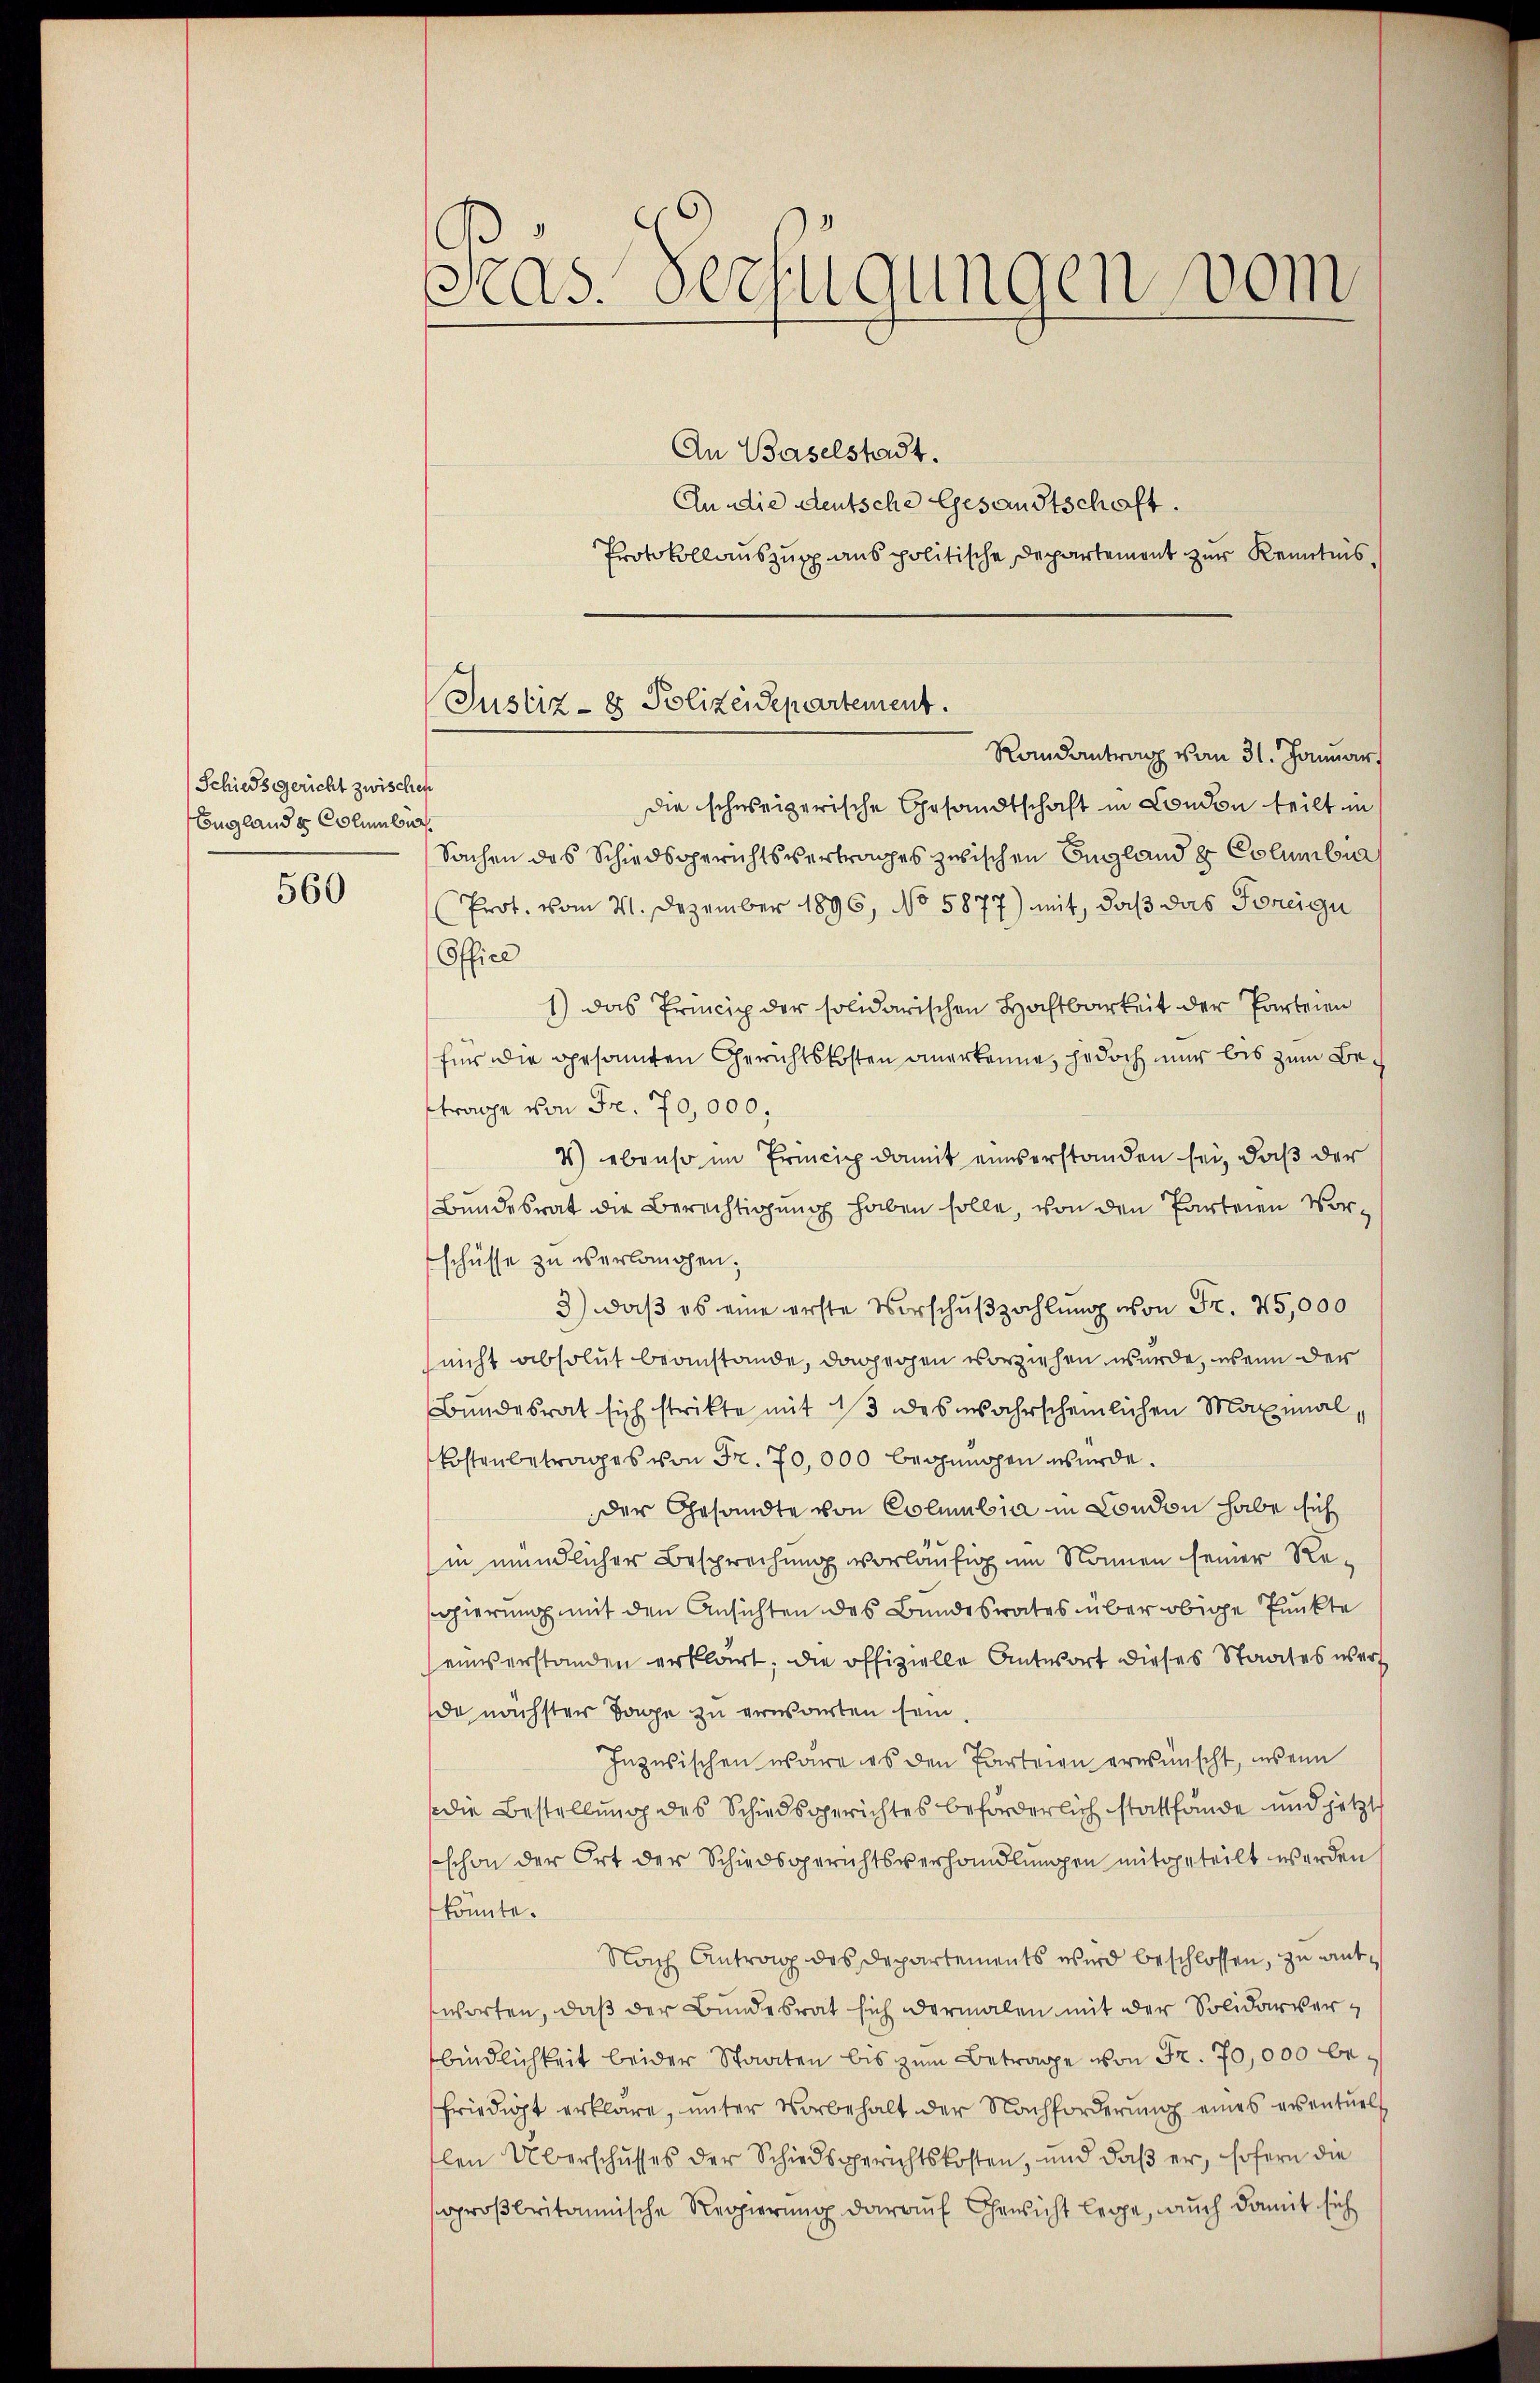
Schiedsgericht zwischen
Englandes Columbi

560

Seas. Verfügungen vom

Justiz- & Polizeidepartement.
Randantrag vom 31. Januar

An Baselstadt.
An die deutsche Gesandtschaft.
Protokollauszug aus politische Departement zur Kenntnisdie schweizerische Gesandtschaft in London teilt in
Sachen das Schiedsgerichtsvertrages zwischen Begland u Columbia
Prot. vom 21. Dezember 1896, No 5877) mit, daß das Foreigu
Office
1) das Princip der solidarischen Hochtbarkeit der Parteien
fins die gesamten Gerichtskosten anerkenne, jedoch nur bis zum Beftrage von Fr. 70,000,
2) ebenso im Princip damit einverstanden sei, daß der
Bundesrat die Berechtigung haben solle, von den Parteien Vorschüsse zu überlangen.
3) daß es eine erste Vorschußzahlung von Fr. 45,000
nicht absolut beanstande, dagegen vorziehen wurde, wenn der
Bundesrat sich strikte mit 13 des wahrscheinlichen Maximal,
Kostenbetrages von Fr. 70,000 begnügen wurde.
der Gesandte von Colmubia in London habe sich
in mündlicher Besprechung vorläufig um Nonnen seiner Regierung mit den Ansichten des Bundesrates über obige Punkte
einverstanden erklärt; die offizielle Antwort dieses Staates werde nächster Tage zu ernswerten sein
Inzwischen wäre es den Parteien erwünscht, ins ein
die Bestellung des Schiedsgerichtes beförderlich stattfände und jetzt
schon der Ort der Schiedsgerichtsverhandlungen mitgeteilt werden
könnte.
Nach Antrag des Departements wird beschlossen, zu antsworten, daß der Bundesrat sich dermalen mit der Solidarverbindlichkeit beider Staaten bis zum Betrage von Fr. 70,000 befriedigt erkläre, ŭnter Vorbehalt der Nachforderŭng eines eventuell
tlen Überschusses der Schiedsgerichtskosten, und daß er, sofern die
großbritannische Regierung darauf Gewicht lege, auch damit sich